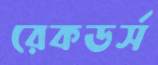
রেকডর্স